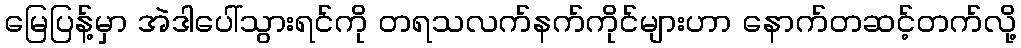
မြေပြန့်မှာ အဲဒါပေါ်သွားရင်ကို တရသလက်နက်ကိုင်များဟာ နောက်တဆင့်တက်လို့